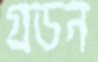
গ্রডন